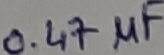
Text: 0.47µF